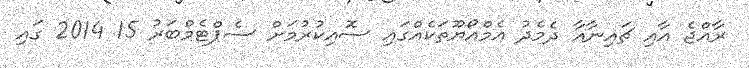
ރާއްޖެ އާއި ޗައިނާއާ ދެމެދު އެމްއޯޔޫތަކެއްގައި ސޮއިކުރުމަށް ސެޕްޓެމްބަރު 15 2014 ގައި